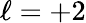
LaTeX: \ell=+2